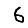
Digit: 6